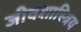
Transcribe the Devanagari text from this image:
जीवशास्त्रिय